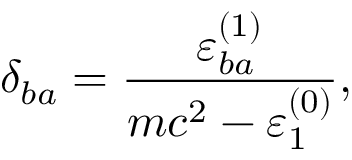
\delta _ { b a } = \frac { \varepsilon _ { b a } ^ { ( 1 ) } } { m c ^ { 2 } - \varepsilon _ { 1 } ^ { ( 0 ) } } ,